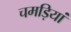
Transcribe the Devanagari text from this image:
चमड़ियां